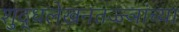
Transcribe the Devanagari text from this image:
शुद्धलेखनतज्ज्ञांच्या